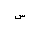
Letter: _sin